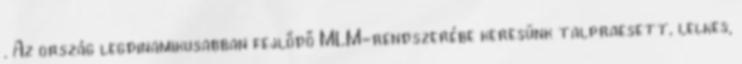
. Az ország legdinamikusabban fejlődő MLM-rendszerébe keresünk talpraesett, lelkes,